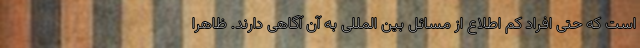
است که حتی افراد کم اطلاع از مسائل بین المللی به آن آگاهی دارند. ظاهرا